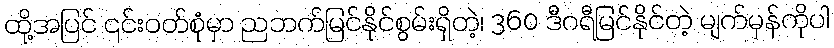
ထို့အပြင် ၎င်းဝတ်စုံမှာ ညဘက်မြင်နိုင်စွမ်းရှိတဲ့၊ 360 ဒီဂရီမြင်နိုင်တဲ့ မျက်မှန်ကိုပါ